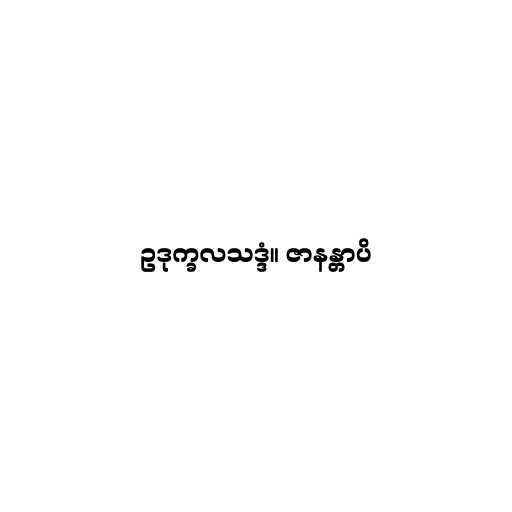
ဥဒုက္ခလသဒ္ဒံ။ ဇာနန္တာပိ